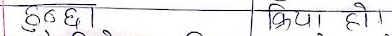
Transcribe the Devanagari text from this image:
दुई छ किया हो।